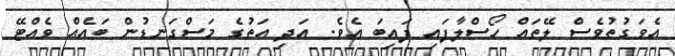
އެވަގުތުވެސް ލޭތައް ހޯސްލާފައި ފައިބަ އެވެ. އަދި އަތުގެ މަސްގަނޑުން ބައެއް ވެއްޓޭ